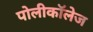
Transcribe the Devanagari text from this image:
पोलीकॉलेज